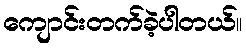
ကျောင်းတက်ခဲ့ပါတယ်။